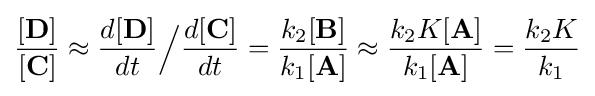
{\frac {[\mathbf {D} ]}{[\mathbf {C} ]}}\approx {\frac {d[\mathbf {D} ]}{dt}}{\Big /}{\frac {d[\mathbf {C} ]}{dt}}={\frac {k_{2}[\mathbf {B} ]}{k_{1}[\mathbf {A} ]}}\approx {\frac {k_{2}K[\mathbf {A} ]}{k_{1}[\mathbf {A} ]}}={\frac {k_{2}K}{k_{1}}}